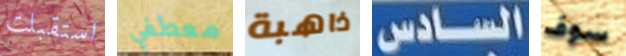
استقبلت معطفي ذاهبة السادس سوف